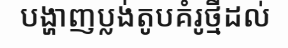
បង្ហាញប្លង់តូបគំរូថ្មីដល់